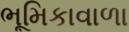
ભૂમિકાવાળા